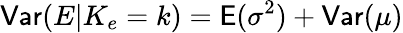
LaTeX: \mathsf{Var}(E|K_{e}=k)=\mathsf E(\sigma^{2})+\mathsf{Var}(\mu)